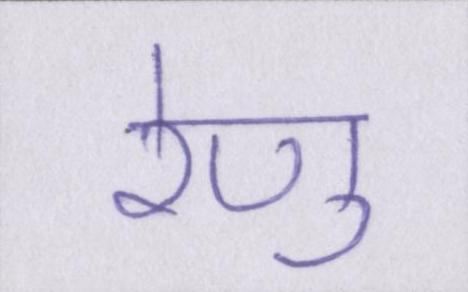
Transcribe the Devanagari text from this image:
रेणु